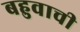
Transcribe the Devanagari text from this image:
बहुवाची